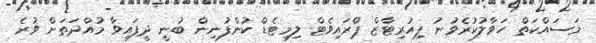
މަސައްކަތް ހަވާލުކުރެވުނު ޕިއުރިޓާޒް ޕްރައިވެޓް ލިމިޓެޑް ކުންފުނިން ބުނީ ދީފައިވާ މުއްދަތަށް ވުރެ